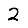
Digit: 2